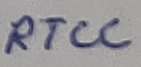
Text: RTCC